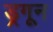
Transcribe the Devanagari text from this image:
ड्रगून